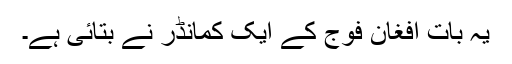
یہ بات افغان فوج کے ایک کمانڈر نے بتائی ہے۔